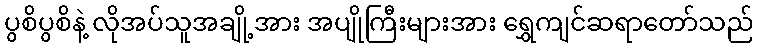
ပွစိပွစိနဲ့ လိုအပ်သူအချို့အား အပျိုကြီးများအား ရွှေကျင်ဆရာတော်သည်